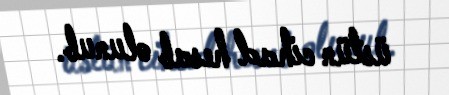
üstün cihad hesab olunub.